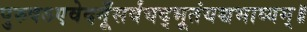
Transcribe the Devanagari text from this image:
पुरुषऽएवेदगूँसर्वंयद्भूतंयच्चभाव्यम्॥